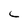
Character: C